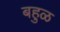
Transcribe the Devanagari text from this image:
बहुळ